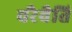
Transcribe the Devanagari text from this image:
चरैवैति